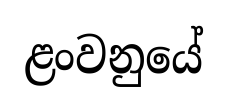
ළංවනුයේ